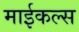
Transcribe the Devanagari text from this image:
माईकल्स